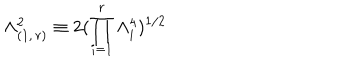
LaTeX: \Lambda _ { ( 1 , \, r ) } ^ { 2 } \equiv 2 ( \prod _ { i = 1 } ^ { r } \Lambda _ { i } ^ { 4 } ) ^ { 1 / 2 }